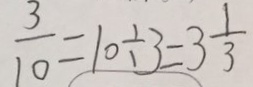
\frac { 3 } { 1 0 } = 1 0 \div 3 = 3 \frac { 1 } { 3 }